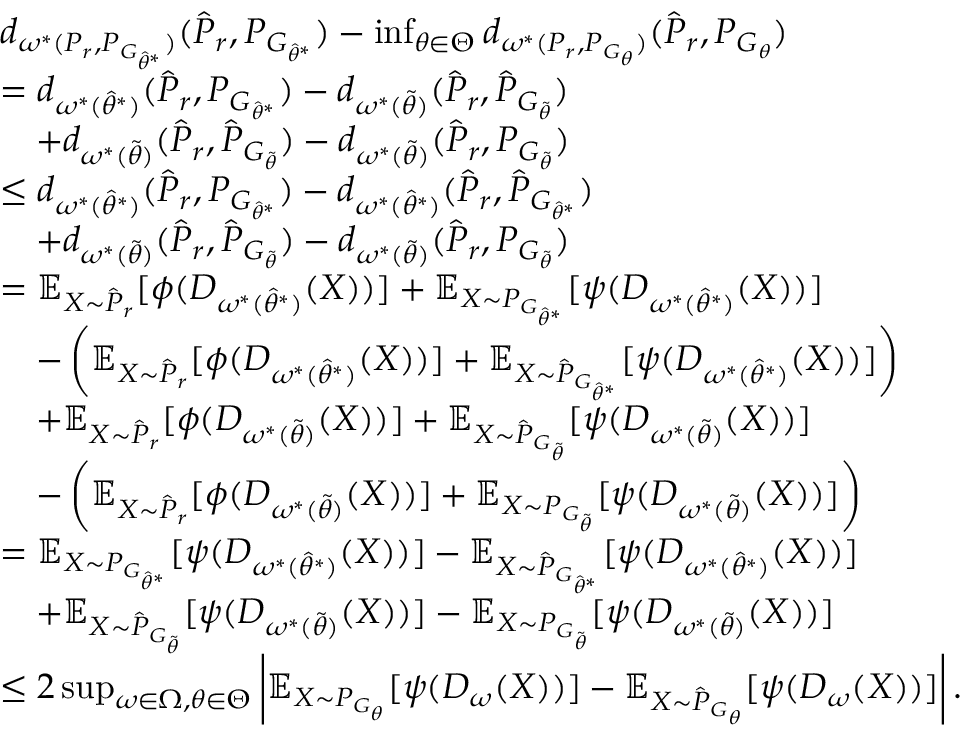
\begin{array} { r l } & { d _ { \omega ^ { * } ( P _ { r } , P _ { G _ { \hat { \theta } ^ { * } } } ) } ( \hat { P } _ { r } , { P } _ { G _ { \hat { \theta } ^ { * } } } ) - \operatorname* { i n f } _ { \theta \in \Theta } d _ { \omega ^ { * } ( P _ { r } , P _ { G _ { \theta } } ) } ( \hat { P } _ { r } , P _ { G _ { \theta } } ) } \\ & { = d _ { \omega ^ { * } ( \hat { \theta } ^ { * } ) } ( \hat { P } _ { r } , { P } _ { G _ { \hat { \theta } ^ { * } } } ) - d _ { \omega ^ { * } ( { \Tilde { \theta } } ) } ( \hat { P } _ { r } , \hat { P } _ { G _ { \Tilde { \theta } } } ) } \\ & { \quad + d _ { \omega ^ { * } ( { \Tilde { \theta } } ) } ( \hat { P } _ { r } , \hat { P } _ { G _ { \Tilde { \theta } } } ) - d _ { \omega ^ { * } ( \Tilde { \theta } ) } ( \hat { P } _ { r } , P _ { G _ { \Tilde { \theta } } } ) } \\ & { \le d _ { \omega ^ { * } ( \hat { \theta } ^ { * } ) } ( \hat { P } _ { r } , { P } _ { G _ { \hat { \theta } ^ { * } } } ) - d _ { \omega ^ { * } ( { \hat { \theta } ^ { * } } ) } ( \hat { P } _ { r } , \hat { P } _ { G _ { \hat { \theta } ^ { * } } } ) } \\ & { \quad + d _ { \omega ^ { * } ( { \Tilde { \theta } } ) } ( \hat { P } _ { r } , \hat { P } _ { G _ { \Tilde { \theta } } } ) - d _ { \omega ^ { * } ( \Tilde { \theta } ) } ( \hat { P } _ { r } , P _ { G _ { \Tilde { \theta } } } ) } \\ & { = \mathbb { E } _ { X \sim \hat { P } _ { r } } [ \phi ( D _ { \omega ^ { * } ( \hat { \theta } ^ { * } ) } ( X ) ) ] + \mathbb { E } _ { X \sim P _ { G _ { \hat { \theta } ^ { * } } } } [ \psi ( D _ { \omega ^ { * } ( \hat { \theta } ^ { * } ) } ( X ) ) ] } \\ & { \quad - \left( \mathbb { E } _ { X \sim \hat { P } _ { r } } [ \phi ( D _ { \omega ^ { * } ( \hat { \theta } ^ { * } ) } ( X ) ) ] + \mathbb { E } _ { X \sim \hat { P } _ { G _ { \hat { \theta } ^ { * } } } } [ \psi ( D _ { \omega ^ { * } ( \hat { \theta } ^ { * } ) } ( X ) ) ] \right) } \\ & { \quad + \mathbb { E } _ { X \sim \hat { P } _ { r } } [ \phi ( D _ { \omega ^ { * } ( \Tilde { \theta } ) } ( X ) ) ] + \mathbb { E } _ { X \sim \hat { P } _ { G _ { \Tilde { \theta } } } } [ \psi ( D _ { \omega ^ { * } ( \Tilde { \theta } ) } ( X ) ) ] } \\ & { \quad - \left( \mathbb { E } _ { X \sim \hat { P } _ { r } } [ \phi ( D _ { \omega ^ { * } ( \Tilde { \theta } ) } ( X ) ) ] + \mathbb { E } _ { X \sim { P } _ { G _ { \Tilde { \theta } } } } [ \psi ( D _ { \omega ^ { * } ( \Tilde { \theta } ) } ( X ) ) ] \right) } \\ & { = \mathbb { E } _ { X \sim P _ { G _ { \hat { \theta } ^ { * } } } } [ \psi ( D _ { \omega ^ { * } ( \hat { \theta } ^ { * } ) } ( X ) ) ] - \mathbb { E } _ { X \sim \hat { P } _ { G _ { \hat { \theta } ^ { * } } } } [ \psi ( D _ { \omega ^ { * } ( \hat { \theta } ^ { * } ) } ( X ) ) ] } \\ & { \quad + \mathbb { E } _ { X \sim \hat { P } _ { G _ { \Tilde { \theta } } } } [ \psi ( D _ { \omega ^ { * } ( \Tilde { \theta } ) } ( X ) ) ] - \mathbb { E } _ { X \sim { P } _ { G _ { \Tilde { \theta } } } } [ \psi ( D _ { \omega ^ { * } ( \Tilde { \theta } ) } ( X ) ) ] } \\ & { \le 2 \operatorname* { s u p } _ { \omega \in \Omega , \theta \in \Theta } \left| \mathbb { E } _ { X \sim P _ { G _ { { \theta } } } } [ \psi ( D _ { \omega } ( X ) ) ] - \mathbb { E } _ { X \sim \hat { P } _ { G _ { { \theta } } } } [ \psi ( D _ { \omega } ( X ) ) ] \right| . } \end{array}